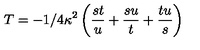
T = - 1 / 4 \kappa ^ { 2 } \left( \frac { s t } { u } + \frac { s u } { t } + \frac { t u } { s } \right)